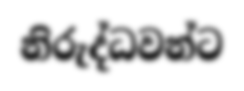
නිරුද්ධවන්ට